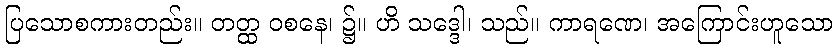
ပြသောစကားတည်း။ တတ္ထ ဝစနေ၊ ၌။ ဟိ သဒ္ဒေါ၊ သည်။ ကာရဏေ၊ အကြောင်းဟူသော